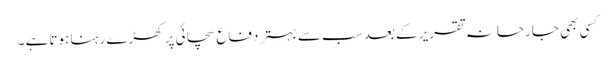
کسی بھی جارحانہ تقریر کے بعد سب سے بہتر دفاع سچائی پر کھڑے رہنا ہوتاہے ۔